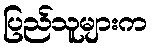
ပြည်သူများက